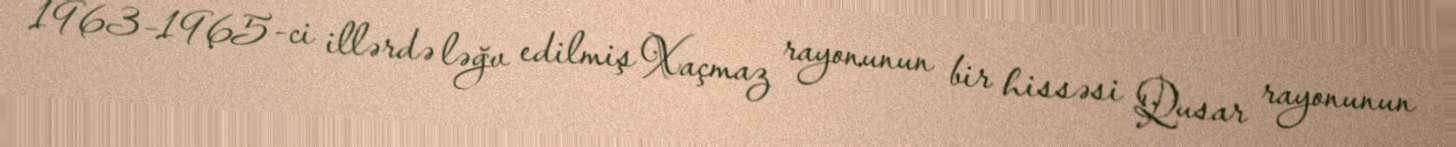
1963–1965-ci illərdə ləğv edilmiş Xaçmaz rayonunun bir hissəsi Qusar rayonunun